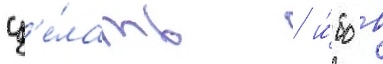
сд'е́лать / и́бо в